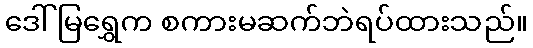
ဒေါ်မြရွှေက စကားမဆက်ဘဲရပ်ထားသည်။